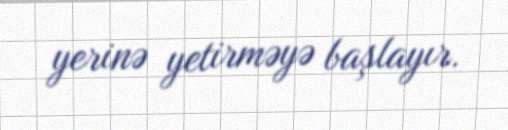
yerinə yetirməyə başlayır.